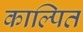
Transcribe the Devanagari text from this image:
काल्पित